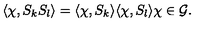
\langle \chi , S _ { k } S _ { l } \rangle = \langle \chi , S _ { k } \rangle \langle \chi , S _ { l } \rangle \chi \in { \mathcal G } .